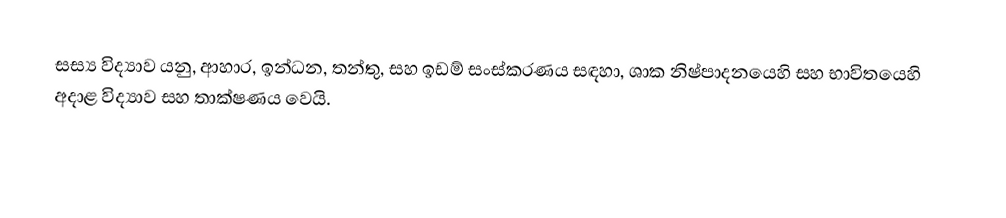
සස්‍ය විද්‍යාව යනු,   ආහාර, ඉන්ධන, තන්තු, සහ ඉඩම් සංස්කරණය සඳහා, ශාක නිෂ්පාදනයෙහි සහ භාවිතයෙහි අදාළ විද්‍යාව සහ තාක්ෂණය වෙයි.